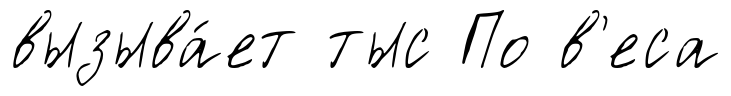
вызыва́ет тыс По в'еса